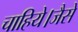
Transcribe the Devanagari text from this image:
चाहिये।जैसे